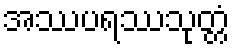
အဿပရဿသုတ္တံ